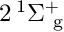
2 \, ^ { 1 } \Sigma _ { \mathrm { ~ g ~ } } ^ { + }